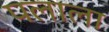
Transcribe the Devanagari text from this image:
पलाला